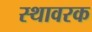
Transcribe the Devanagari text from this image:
स्थावरक